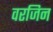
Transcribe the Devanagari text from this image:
वरजिन